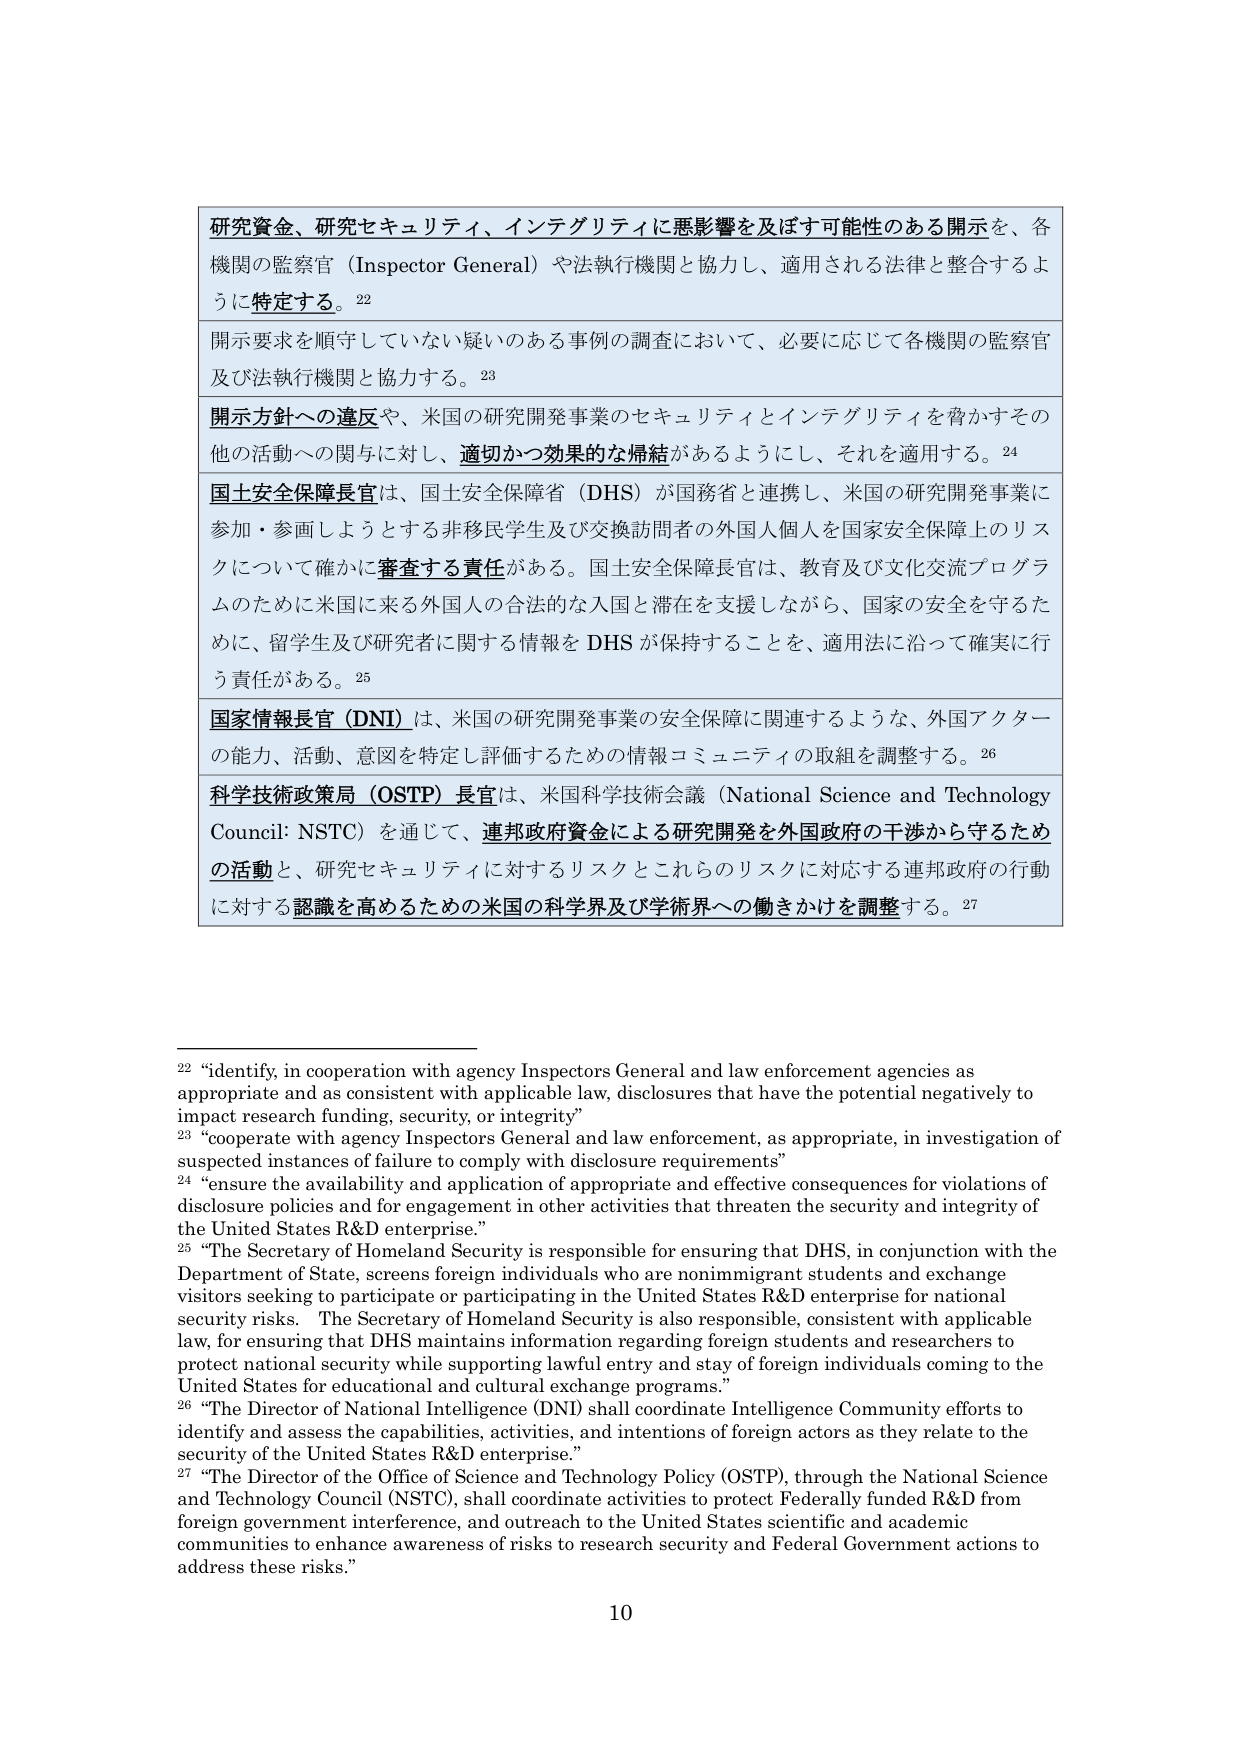
研究資金、研究セキュリティ、インテグリティに悪影響を及ぼす可能性のある開示を、各機関の監察官（Inspector General）や法執行機関と協力し、適用される法律と整合するように特定する。²²

開示要求を順守していない疑いのある事例の調査において、必要に応じて各機関の監察官及び法執行機関と協力する。²³

開示方針への違反や、米国の研究開発事業のセキュリティとインテグリティを脅かすその他の活動への関与に対し、適切かつ効果的な帰結があるようにし、それを適用する。²⁴

国土安全保障長官は、国土安全保障省（DHS）が国務省と連携し、米国の研究開発事業に参加・参画しようとする非移民学生及び交換訪問者の外国人個人を国家安全保障上のリスクについて確かに審査する責任がある。国土安全保障長官は、教育及び文化交流プログラムのために米国に来る外国人の合法的な入国と滞在を支援しながら、国家の安全を守るために、留学生及び研究者に関する情報を DHS が保持することを、適用法に沿って確実に行う責任がある。²⁵

国家情報長官（DNI）は、米国の研究開発事業の安全保障に関連するような、外国アクターの能力、活動、意図を特定し評価するための情報コミュニティの取組を調整する。²⁶

科学技術政策局（OSTP）長官は、米国科学技術会議（National Science and Technology Council: NSTC）を通じて、連邦政府資金による研究開発を外国政府の干渉から守るための活動と、研究セキュリティに対するリスクとこれらのリスクに対応する連邦政府の行動に対する認識を高めるための米国の科学界及び学術界への働きかけを調整する。²⁷

²² “identify, in cooperation with agency Inspectors General and law enforcement agencies as appropriate and as consistent with applicable law, disclosures that have the potential negatively to impact research funding, security, or integrity”

²³ “cooperate with agency Inspectors General and law enforcement, as appropriate, in investigation of suspected instances of failure to comply with disclosure requirements”

²⁴ “ensure the availability and application of appropriate and effective consequences for violations of disclosure policies and for engagement in other activities that threaten the security and integrity of the United States R&D enterprise.”

²⁵ “The Secretary of Homeland Security is responsible for ensuring that DHS, in conjunction with the Department of State, screens foreign individuals who are nonimmigrant students and exchange visitors seeking to participate or participating in the United States R&D enterprise for national security risks. The Secretary of Homeland Security is also responsible, consistent with applicable law, for ensuring that DHS maintains information regarding foreign students and researchers to protect national security while supporting lawful entry and stay of foreign individuals coming to the United States for educational and cultural exchange programs.”

²⁶ “The Director of National Intelligence (DNI) shall coordinate Intelligence Community efforts to identify and assess the capabilities, activities, and intentions of foreign actors as they relate to the security of the United States R&D enterprise.”

²⁷ “The Director of the Office of Science and Technology Policy (OSTP), through the National Science and Technology Council (NSTC), shall coordinate activities to protect Federally funded R&D from foreign government interference, and outreach to the United States scientific and academic communities to enhance awareness of risks to research security and Federal Government actions to address these risks.”

10